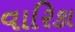
વારિકા